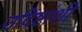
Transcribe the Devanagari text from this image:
उदिष्टांशी